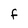
Character: F